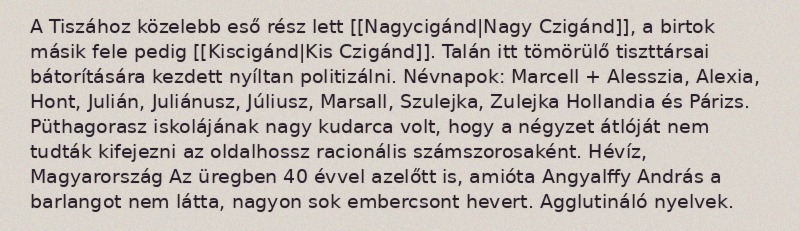
A Tiszához közelebb eső rész lett [[Nagycigánd|Nagy Czigánd]], a birtok másik fele pedig [[Kiscigánd|Kis Czigánd]]. Talán itt tömörülő tiszttársai bátorítására kezdett nyíltan politizálni. Névnapok: Marcell + Alesszia, Alexia, Hont, Julián, Juliánusz, Júliusz, Marsall, Szulejka, Zulejka Hollandia és Párizs. Püthagorasz iskolájának nagy kudarca volt, hogy a négyzet átlóját nem tudták kifejezni az oldalhossz racionális számszorosaként. Hévíz, Magyarország Az üregben 40 évvel azelőtt is, amióta Angyalffy András a barlangot nem látta, nagyon sok embercsont hevert. Agglutináló nyelvek.